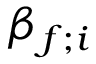
\beta _ { f ; i }